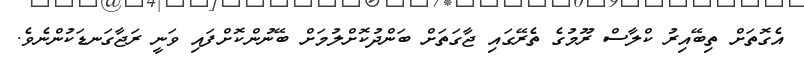
އެގޮތަށް ތިބޭއިރު ކްލާސް ރޫމުގެ ތެރޭގައި ޖާގަތަށް ބަންދުކޮށްލުމަށް ބޭނުންކޮށްފައި ވަނީ ރަޖާގަނޑަކުންނެވެ.